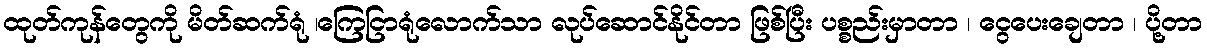
ထုတ်ကုန်တွေကို မိတ်ဆက်ရုံ ၊ကြေငြာရုံလောက်သာ လုပ်ဆောင်နိုင်တာ ဖြစ်ပြီး ပစ္စည်းမှာတာ ၊ ငွေပေးချေတာ ၊ ပို့တာ